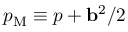
p _ { \mathrm { { M } } } \equiv p + { \bf { b } } ^ { 2 } / 2